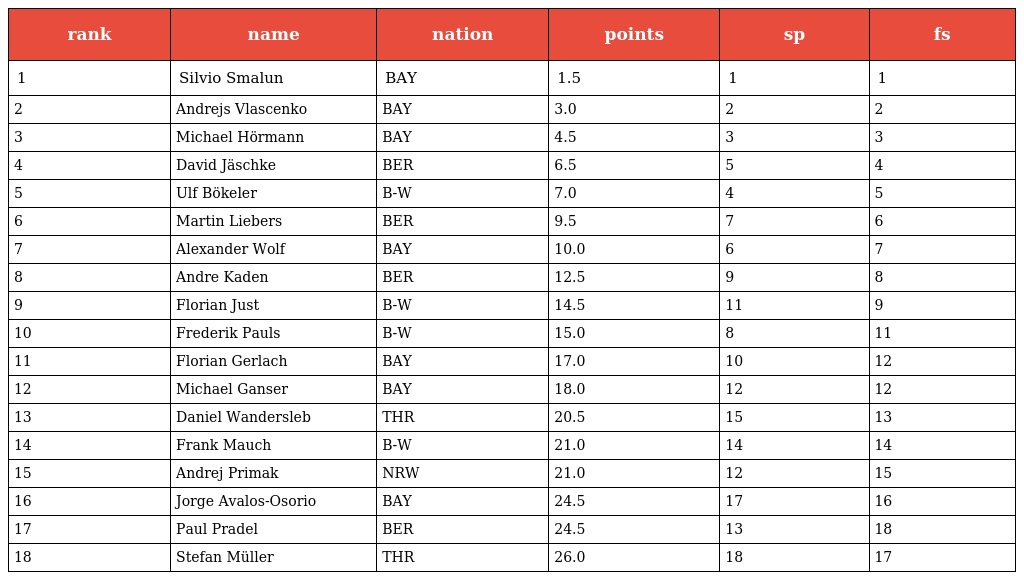
| rank | name | nation | points | sp | fs |
 | --- | --- | --- | --- | --- | --- |
 | 1 | Silvio Smalun | BAY | 1.5 | 1 | 1 |
 | 2 | Andrejs Vlascenko | BAY | 3.0 | 2 | 2 |
 | 3 | Michael Hörmann | BAY | 4.5 | 3 | 3 |
 | 4 | David Jäschke | BER | 6.5 | 5 | 4 |
 | 5 | Ulf Bökeler | B-W | 7.0 | 4 | 5 |
 | 6 | Martin Liebers | BER | 9.5 | 7 | 6 |
 | 7 | Alexander Wolf | BAY | 10.0 | 6 | 7 |
 | 8 | Andre Kaden | BER | 12.5 | 9 | 8 |
 | 9 | Florian Just | B-W | 14.5 | 11 | 9 |
 | 10 | Frederik Pauls | B-W | 15.0 | 8 | 11 |
 | 11 | Florian Gerlach | BAY | 17.0 | 10 | 12 |
 | 12 | Michael Ganser | BAY | 18.0 | 12 | 12 |
 | 13 | Daniel Wandersleb | THR | 20.5 | 15 | 13 |
 | 14 | Frank Mauch | B-W | 21.0 | 14 | 14 |
 | 15 | Andrej Primak | NRW | 21.0 | 12 | 15 |
 | 16 | Jorge Avalos-Osorio | BAY | 24.5 | 17 | 16 |
 | 17 | Paul Pradel | BER | 24.5 | 13 | 18 |
 | 18 | Stefan Müller | THR | 26.0 | 18 | 17 |